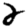
Digit: 2